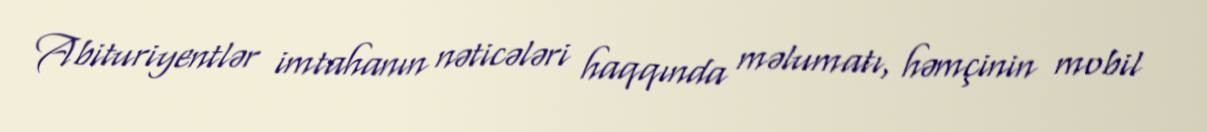
Abituriyentlər imtahanın nəticələri haqqında məlumatı, həmçinin mobil